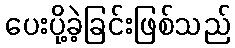
ပေးပို့ခဲ့ခြင်းဖြစ်သည်